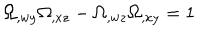
\Omega _ { , w y } \Omega _ { , x z } - \Omega _ { , w z } \Omega _ { , x y } = 1